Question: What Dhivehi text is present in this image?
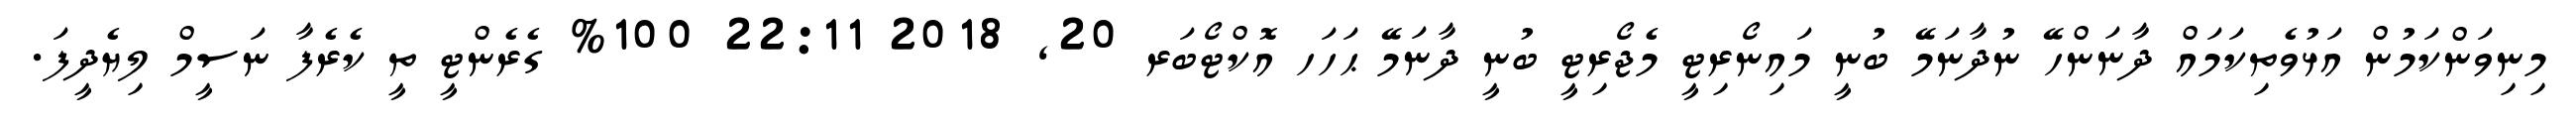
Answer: މިނިވަންކަމުން އަޅުވެތިކަމައް ދާނަންހޭ ނުދާނަމޭ ބުނީ މައިނޯރިޓީ މެޖޯރިޓީ ބުނީ ދާނަމޭ ޙަހަހ އޮކްޓޯބަރ 20, 2018 22:11 100% ގެރެންޓީ ތީ ކެރެފާ ނަސީމް ލިޔެދީފަ.